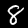
Digit: 8